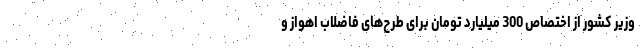
وزیر کشور از اختصاص 300 میلیارد تومان برای طرح‌های فاضلاب اهواز و